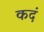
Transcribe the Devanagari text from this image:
कदं